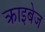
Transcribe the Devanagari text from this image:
क्राइबेज